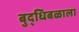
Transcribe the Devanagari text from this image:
बुद्धिबळाला